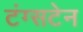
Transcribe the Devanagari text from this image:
टंग्सटेन